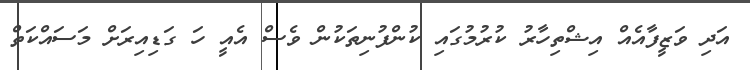
އަދި ވަޒީފާއެއް އިޝްތިހާރު ކުރުމުގައި ކުންފުނިތަކުން ވެސް އެއީ ހަ ގަޑިއިރަށް މަސައްކަތް